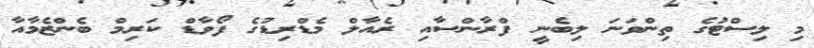
މި ލިސްޓުގެ ތިންވަނަ ލިބެނީ ފްރާންސާއި ރެއާލް މެޑްރިޑުގެ ފޯވާޑް ކަރިމް ބެންޒެމާއާ